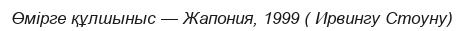
Өмірге құлшыныс — Жапония, 1999 ( Ирвингу Стоуну)